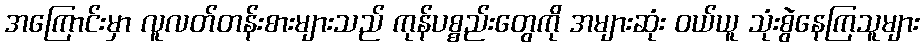
အကြောင်းမှာ လူလတ်တန်းစားများသည် ကုန်ပစ္စည်းတွေကို အများဆုံး ဝယ်ယူ သုံးစွဲနေကြသူများ